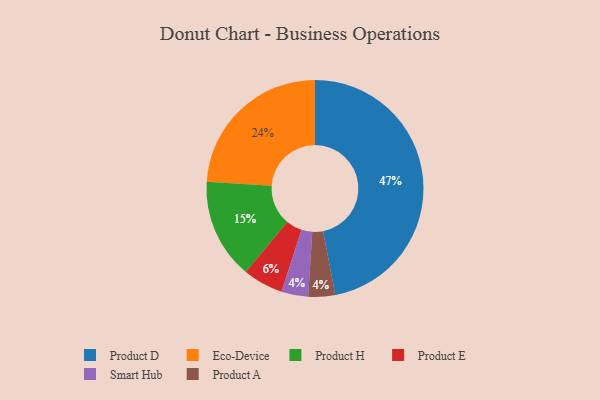
{"axis": {"x": "Category", "y": "Percentage"}, "legend": ["Eco-Device", "Product A", "Product D", "Product E", "Product H", "Smart Hub"], "data": [{"x": "Smart Hub", "y": 4, "type": "Smart Hub"}, {"x": "Product H", "y": 15, "type": "Product H"}, {"x": "Eco-Device", "y": 24, "type": "Eco-Device"}, {"x": "Product E", "y": 6, "type": "Product E"}, {"x": "Product D", "y": 47, "type": "Product D"}, {"x": "Product A", "y": 4, "type": "Product A"}]}